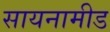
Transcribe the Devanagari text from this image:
सायनामीड